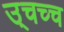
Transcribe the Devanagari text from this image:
उ्चच्च